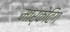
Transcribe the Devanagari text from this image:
मार्केटिग